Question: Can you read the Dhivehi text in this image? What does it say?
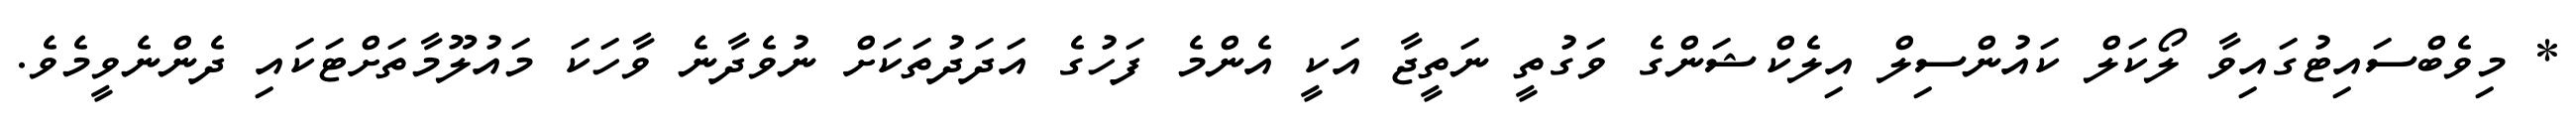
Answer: * މިވެބްސައިޓުގައިވާ ލޯކަލް ކައުންސިލް އިލެކްޝަންގެ ވަގުތީ ނަތީޖާ އަކީ އެންމެ ފަހުގެ އަދަދުތަކަށް ނުވެދާނެ ވާހަކަ މައުލޫމާތަށްޓަކައި ދެންނެވީމެވެ.